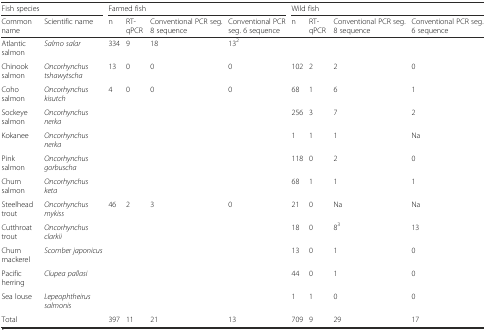
<table><thead><tr><td colspan="2"><b>Fish species</b></td><td colspan="4"><b>Farmed fish</b></td><td colspan="4"><b>Wild fish</b></td></tr><tr><td><b>Common name</b></td><td><b>Scientific name</b></td><td><b>n</b></td><td><b>RT-qPCR</b></td><td><b>Conventional PCR seg. 8 sequence</b></td><td><b>Conventional PCR seg. 6 sequence</b></td><td><b>n</b></td><td><b>RT-qPCR</b></td><td><b>Conventional PCR seg. 8 sequence</b></td><td><b>Conventional PCR seg. 6 sequence</b></td></tr></thead><tbody><tr><td>Atlantic salmon</td><td><i>Salmo salar</i></td><td>334</td><td>9</td><td>18</td><td>13<sup>2</sup></td><td></td><td></td><td></td><td></td></tr><tr><td>Chinook salmon</td><td><i>Oncorhynchus tshawytscha</i></td><td>13</td><td>0</td><td>0</td><td>0</td><td>102</td><td>2</td><td>2</td><td>0</td></tr><tr><td>Coho salmon</td><td><i>Oncorhynchus kisutch</i></td><td>4</td><td>0</td><td>0</td><td>0</td><td>68</td><td>1</td><td>6</td><td>1</td></tr><tr><td>Sockeye salmon</td><td><i>Oncorhynchus nerka</i></td><td></td><td></td><td></td><td></td><td>256</td><td>3</td><td>7</td><td>2</td></tr><tr><td>Kokanee</td><td><i>Oncorhynchus nerka</i></td><td></td><td></td><td></td><td></td><td>1</td><td>1</td><td>1</td><td>Na</td></tr><tr><td>Pink salmon</td><td><i>Oncorhynchus gorbuscha</i></td><td></td><td></td><td></td><td></td><td>118</td><td>0</td><td>2</td><td>0</td></tr><tr><td>Chum salmon</td><td><i>Oncorhynchus keta</i></td><td></td><td></td><td></td><td></td><td>68</td><td>1</td><td>1</td><td>1</td></tr><tr><td>Steelhead trout</td><td><i>Oncorhynchus mykiss</i></td><td>46</td><td>2</td><td>3</td><td>0</td><td>21</td><td>0</td><td>Na</td><td>Na</td></tr><tr><td>Cutthroat trout</td><td><i>Oncorhynchus clarkii</i></td><td></td><td></td><td></td><td></td><td>18</td><td>0</td><td>8<sup>3</sup></td><td>13</td></tr><tr><td>Chum mackerel</td><td><i>Scomber japonicus</i></td><td></td><td></td><td></td><td></td><td>13</td><td>0</td><td>1</td><td>0</td></tr><tr><td>Pacific herring</td><td><i>Clupea pallasi</i></td><td></td><td></td><td></td><td></td><td>44</td><td>0</td><td>1</td><td>0</td></tr><tr><td>Sea louse</td><td><i>Lepeophtheirus salmonis</i></td><td></td><td></td><td></td><td></td><td>1</td><td>1</td><td>0</td><td>0</td></tr><tr><td>Total</td><td></td><td>397</td><td>11</td><td>21</td><td>13</td><td>709</td><td>9</td><td>29</td><td>17</td></tr></tbody></table>